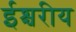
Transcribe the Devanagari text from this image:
ईश्चरीय